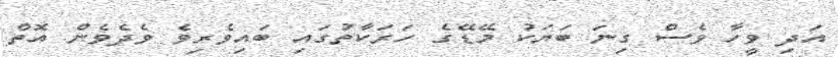
އަދި ވީހާ ވެސް ގިނަ ބަޔަކު މޭޑޭގެ ހަރަކާތުގައި ބައިވެރިވެ ވެދެވެން އޮތް